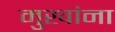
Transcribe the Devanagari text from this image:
मुखांना